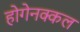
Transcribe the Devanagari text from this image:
होगेनक्कल